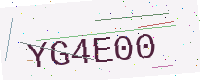
Text: YG4E00